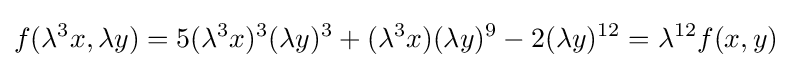
f(\lambda ^{3}x,\lambda y)=5(\lambda ^{3}x)^{3}(\lambda y)^{3}+(\lambda ^{3}x)(\lambda y)^{9}-2(\lambda y)^{12}=\lambda ^{12}f(x,y)